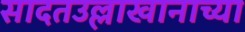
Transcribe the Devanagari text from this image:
सादतउल्लाखानाच्या